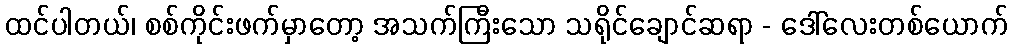
ထင်ပါတယ်၊ စစ်ကိုင်းဖက်မှာတော့ အသက်ကြီးသော သရိုင်ချောင်ဆရာ - ဒေါ်လေးတစ်ယောက်